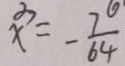
x ^ { 3 } = - \frac { 7 0 } { 6 4 }